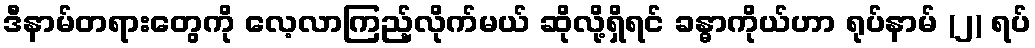
ဒီနာမ်တရားတွေကို လေ့လာကြည့်လိုက်မယ် ဆိုလို့ရှိရင် ခန္ဓာကိုယ်ဟာ ရုပ်နာမ် (၂) ရပ်